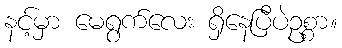
နင့်မှာ မေရွက်လေး ရှိနေပြီပဲဥစ္စာ။